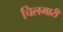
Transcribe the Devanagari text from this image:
चिलमारी